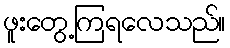
ဖူးတွေ့ကြရလေသည်။